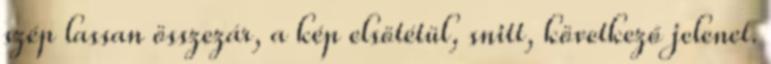
szép lassan összezár, a kép elsötétül, snitt, következő jelenet.